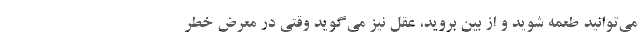
می‌توانید طعمه شوید و از بین بروید، عقل نیز می‌گوید وقتی در معرض خطر